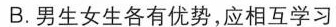
B.男生女生各有优势，应相互学习